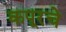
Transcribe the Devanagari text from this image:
कपूरचे